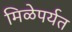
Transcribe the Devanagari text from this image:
मिळेपर्यत